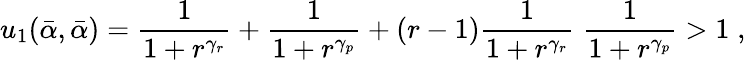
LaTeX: u_{1}(\bar{\alpha},\bar{\alpha})=\frac{1}{1+r^{\gamma_{r}}}+\frac{1}{1+r^{\gamma_{p}}}+(r-1)\frac{1}{1+r^{\gamma_{r}}}\; \frac{1}{1+r^{\gamma_{p}}}>1\; ,